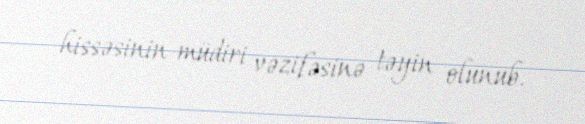
hissəsinin müdiri vəzifəsinə təyin olunub.